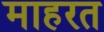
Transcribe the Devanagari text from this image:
माहरत